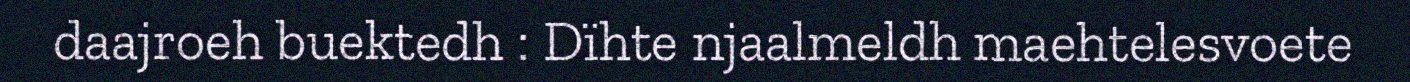
daajroeh buektedh : Dïhte njaalmeldh maehtelesvoete